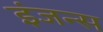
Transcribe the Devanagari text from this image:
इंजन्स